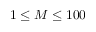
1 \le M \le 1 0 0